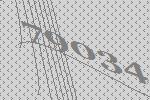
79034